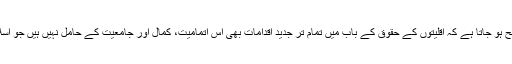
اس کے مطالعہ سے یہ اَمر واضح ہو جاتا ہے کہ اَقلیتوں کے حقوق کے باب میں تمام تر جدید اقدامات بھی اس اتمامیت، کمال اور جامعیت کے حامل نہیں ہیں جو اسلام کی تعلیمات میں نظر آتی ہے۔